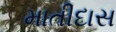
માતીદાસ